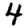
Digit: 4